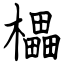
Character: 櫑